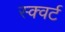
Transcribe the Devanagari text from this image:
स्क्वर्ट